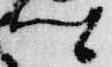
卿